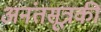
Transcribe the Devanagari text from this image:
अनंतसूत्रकी